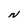
Character: N